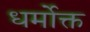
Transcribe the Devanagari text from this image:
धर्मोक्त